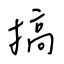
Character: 搞